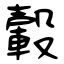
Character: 轂